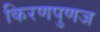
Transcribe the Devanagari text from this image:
किरणपुणज